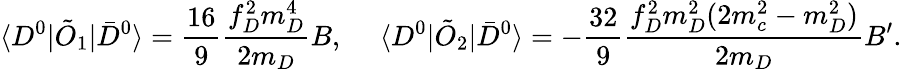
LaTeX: \langle D^{0}|\tilde{O}_{1}|\bar{D}^{0}\rangle=\frac{16}{9}\frac{f_{D}^{2}m_{D}^{4}}{2m_{D}}B,~~~~~\langle D^{0}|\tilde{O}_{2}|\bar{D}^{0}\rangle=-\frac{32}{9}\frac{f_{D}^{2}m_{D}^{2}(2m_{c}^{2}-m_{D}^{2})}{2m_{D}}B^{\prime}.